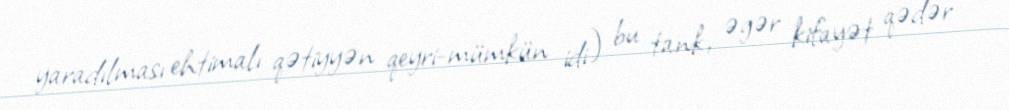
yaradılması ehtimalı qətiyyən qeyri-mümkün idi) bu tank, əgər kifayət qədər